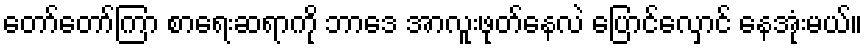
တော်တော်ကြာ စာရေးဆရာကို ဘာဒေ အာလူးဖုတ်နေလဲ ပြောင်လှောင် နေအုံးမယ်။